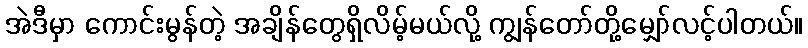
အဲဒီမှာ ကောင်းမွန်တဲ့ အချိန်တွေရှိလိမ့်မယ်လို့ ကျွန်တော်တို့မျှော်လင့်ပါတယ်။